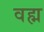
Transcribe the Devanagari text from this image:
वह्म